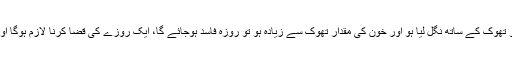
روزہ کے دوران محض خون کے نکلنے سے روزہ نہیں ٹوٹتا، البتہ اگر خون کو تھوک کے ساتھ نگل لیا ہو اور خون کی مقدار تھوک سے زیادہ ہو تو روزہ فاسد ہوجائے گا، ایک روزے کی قضا کرنا لازم ہوگا اور اگر خون کی مقدار تھوک سے کم ہو تو اس صورت میں روزہ فاسد نہیں ہوگا۔